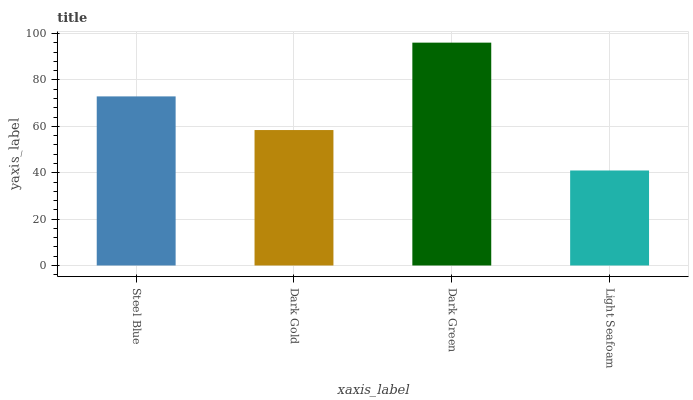
| xaxis_label | bars |
 | --- | --- |
 | Steel Blue | 72.9 |
 | Dark Gold | 58.4 |
 | Dark Green | 96.1 |
 | Light Seafoam | 41 |